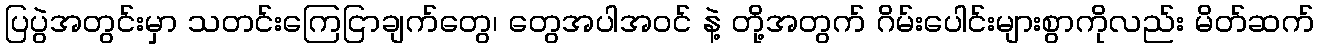
ပြပွဲအတွင်းမှာ သတင်းကြေငြာချက်တွေ၊ တွေအပါအဝင် နဲ့ တို့အတွက် ဂိမ်းပေါင်းများစွာကိုလည်း မိတ်ဆက်